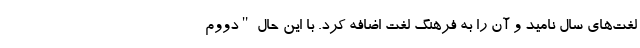
لغت‌های سال نامید و آن را به فرهنگ لغت اضافه کرد. با این حال "دووم